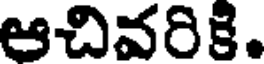
ఆచివరికి.